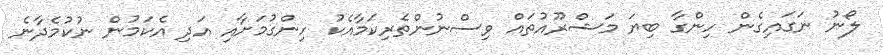
ލޯނު ނަގައިގެން ހިންގާ ބިޔަ މަޝްރޫއުތައް ވިސްނުންތެރިކަމާއެކު ހިންގުމަށާއި އަދި އެކަމުން ނުކުމެދާނެ